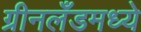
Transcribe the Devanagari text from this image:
ग्रीनलँडमध्ये